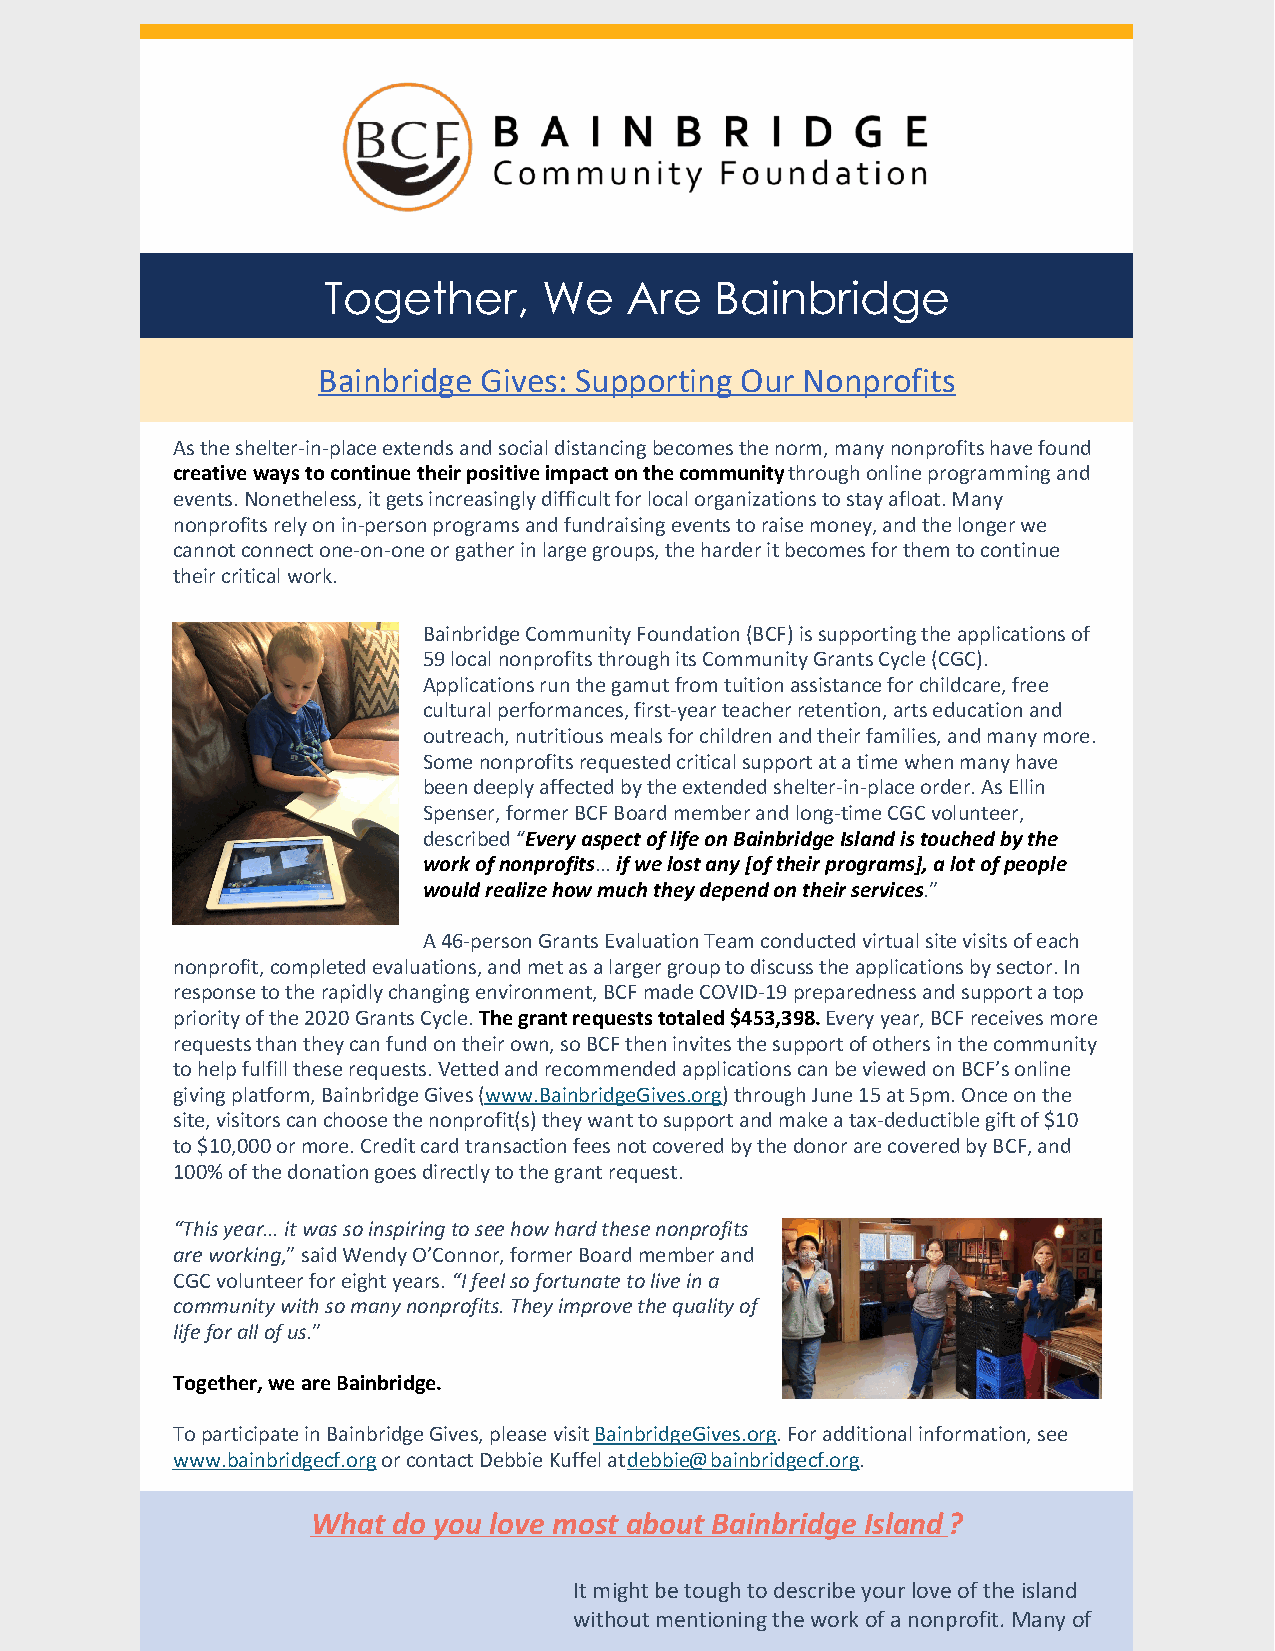
Together,      We   Are   Bainbridge
 Bainbridge Gives: Supporting Our Nonprofits
 As the shelter-in-place extends and social distancing becomes the norm, many nonprofits have found
 creative ways to continue their positive impact on the community through online programming and
 events. Nonetheless, it gets increasingly difficult for local organizations to stay afloat. Many
 nonprofits rely on in-person programs and fundraising events to raise money, and the longer we
 cannot connect one-on-one or gather in large groups, the harder it becomes for them to continue
 their critical work.
 Bainbridge Community Foundation (BCF) is supporting the applications of
 59 local nonprofits through its Community Grants Cycle (CGC).
 Applications run the gamut from tuition assistance for childcare, free
 cultural performances, first-year teacher retention, arts education and
 outreach, nutritious meals for children and their families, and many more.
 Some nonprofits requested critical support at a time when many have
 been deeply affected by the extended shelter-in-place order. As Ellin
 Spenser, former BCF Board member and long-time CGC volunteer,
 described “Every aspect of life on Bainbridge Island is touched by the
 work of nonprofits… if we lost any [of their programs], a lot of people
 would realize how much they depend on their services.”
 A 46-person Grants Evaluation Team conducted virtual site visits of each
 nonprofit, completed evaluations, and met as a larger group to discuss the applications by sector. In
 response to the rapidly changing environment, BCF made COVID-19 preparedness and support a top
 priority of the 2020 Grants Cycle. The grant requests totaled $453,398. Every year, BCF receives more
 requests than they can fund on their own, so BCF then invites the support of others in the community
 to help fulfill these requests. Vetted and recommended applications can be viewed on BCF’s online
 giving platform, Bainbridge Gives (www.BainbridgeGives.org) through June 15 at 5pm. Once on the
 site, visitors can choose the nonprofit(s) they want to support and make a tax-deductible gift of $10
 to $10,000 or more. Credit card transaction fees not covered by the donor are covered by BCF, and
 100% of the donation goes directly to the grant request.
 “This year… it was so inspiring to see how hard these nonprofits
 are working,” said Wendy O’Connor, former Board member and
 CGC volunteer for eight years. “I feel so fortunate to live in a
 community with so many nonprofits. They improve the quality of
 life for all of us.”
 ​Together, we are Bainbridge.
 To participate in Bainbridge Gives, please visit BainbridgeGives.org. For additional information, see
 www.bainbridgecf.org or contact Debbie Kuffel at debbie@bainbridgecf.org.
 What do you love most about Bainbridge Island?
 It might be tough to describe your love of the island
 without mentioning the work of a nonprofit. Many of